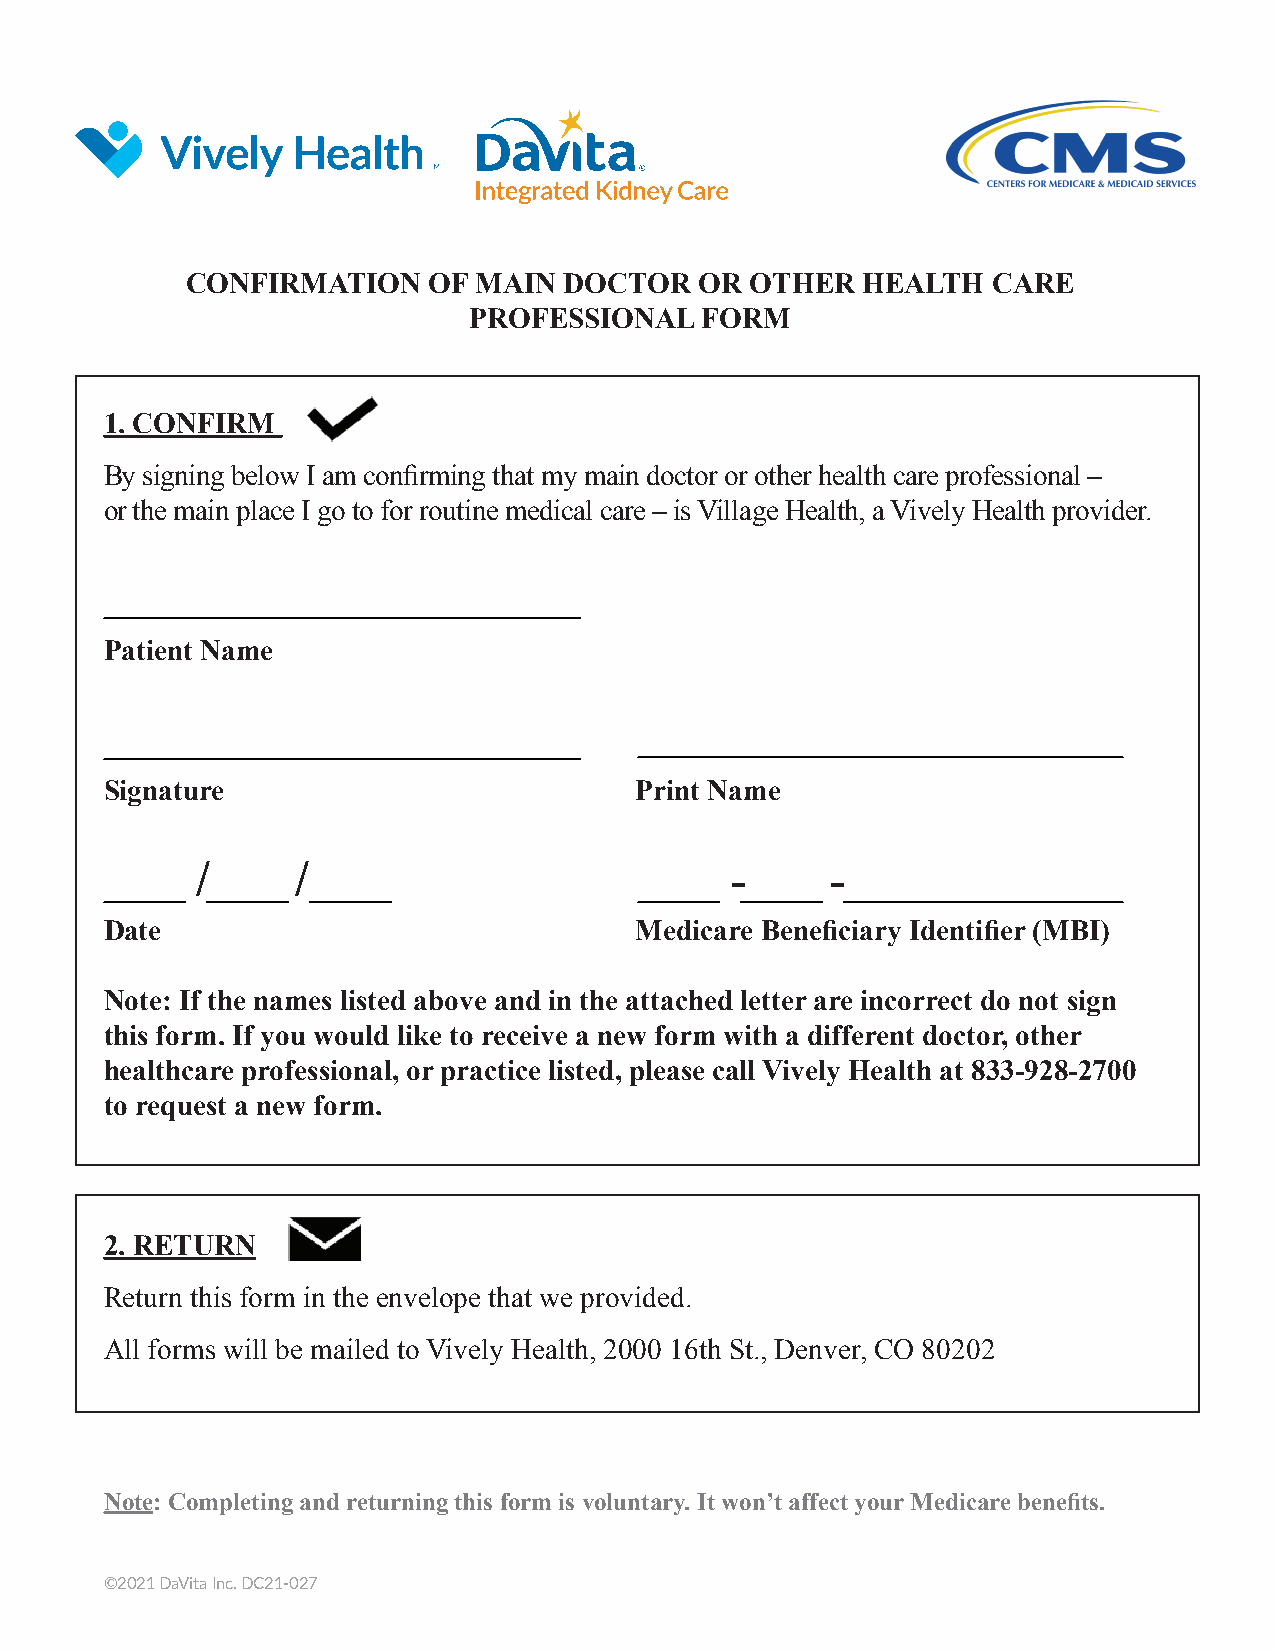
CONFIRMATION    OF MAIN  DOCTOR   OR  OTHER  HEALTH   CARE
 PROFESSIONAL   FORM
 1. CONFIRM
 By signing below I am confi rming that my main doctor or other health care professional –
 or the main place I go to for routine medical care – is Village Health, a Vively Health provider.
 Patient Name
 Signature                          Print Name
 /      /                           -      -
 Date                               Medicare Benefi ciary Identifi er (MBI)
 Note: If the names listed above and in the attached letter are incorrect do not sign
 this form. If you would like to receive a new form with a different doctor, other
 healthcare professional, or practice listed, please call Vively Health at 833-928-2700
 to request a new form.
 2. RETURN
 Return this form in the envelope that we provided.
 All forms will be mailed to Vively Health, 2000 16th St., Denver, CO 80202
 Note: Completing and returning this form is voluntary. It won’t affect your Medicare benefi ts.
 ©2021 DaVita Inc. DC21-027